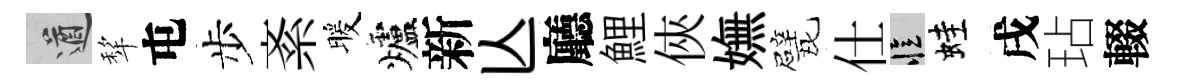
遒犂屯步紊暖爐新亾廳鯉俠嫵戏仕忆蛙戌玷輟